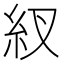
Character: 紁